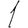
Digit: 1